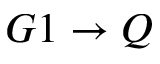
G 1 \rightarrow Q